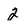
Character: 2